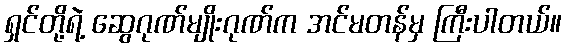
ရှင်တို့ရဲ့ ဆွေဂုဏ်မျိုးဂုဏ်က အင်မတန်မှ ကြီးပါတယ်။